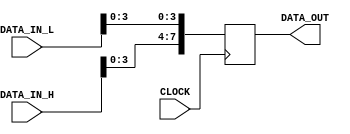
module frame_des( CLOCK, DATA_IN_L, DATA_IN_H, DATA_OUT );

	input	CLOCK;
	input [7:0] DATA_IN_L;
	input [7:0] DATA_IN_H;
	output reg [7:0] DATA_OUT;
	
	always @(posedge CLOCK )
   begin
      DATA_OUT <= { DATA_IN_H[3], DATA_IN_H[2], DATA_IN_H[1], DATA_IN_H[0],
		              DATA_IN_L[3], DATA_IN_L[2], DATA_IN_L[1], DATA_IN_L[0]};
	end

endmodule